Annual administration report of the Civil Veterinary Department of India - 1892-1893
Year: 1892
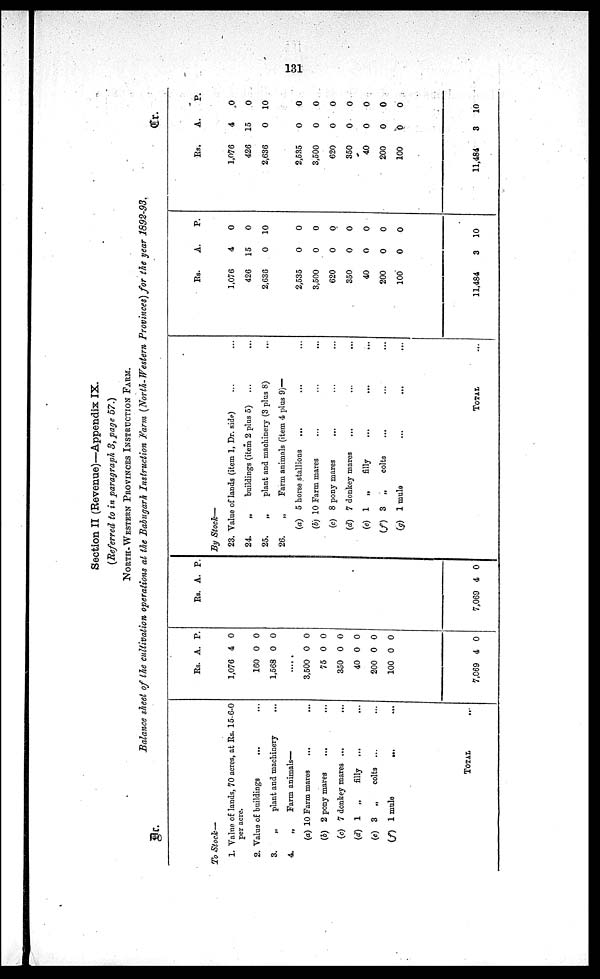
131
Section II (Revenue)—Appendix IX.
(Referred to in paragraph 3, page 57.)
NORTH-WESTERN PROVINCES INSTRUCTION FARM.
Balance sheet of the cultivation operations at the Babugarh Instruction Farm (North-Western Provinces) for the year 1892-93.
Dr.
To Stock—
1. Value of lands, 70 acres, at Rs. 15-6-0
per acre.
2. Value of buildings ... ...
3.
„
plant and machinery
...
4.
„
Farm animals—
(a) 10 Farm mares ... ...
(b) 2 pony mares ... ...
(c) 7 donkey mares ...
...
(d) 1 „
filly
... ...
(e) 3 „
colts ... ...
(f) 1 mule
... ...
TOTAL ...
Rs.
A. P.
1,076
160
1,568
4
0
0
0
0
0
.... .
3,500
75
350
40
200
100
0
0
0
0
0
0
0
0
0
0
0
0
7,069 4 0
Rs. A. P.
7,069 4 0
Cr.
By Stock—
23. Value of lands (item 1, Dr. side) ... ...
24.
„
buildings (item 2 plus 5) ... ...
25.
„
plant and machinery (3 plus 8) ...
26.
„
Farm animals (item 4 plus 9)—
(a) 5 horse stallions ... ... ...
(b) 10 Farm mares ... ... ...
(c) 8 pony mares
... ... ...
(d) 7 donkey mares ... ... ...
(e) 1 „ filly ... ... ...
(f) 3 „
colts ... ... ...
(g) 1 mule ... ... ...
TOTAL ...
Rs.
A. P.
1,076
426
2,636
4
15
0
0
0
10
2,535
3,500
620
350
40
200
100
11,484
0
0
0
0
0
0
0
3
0
0
0
0
0
0
0
10
Rs.
A. P.
1,076
426
2,636
4
15
0
0
0
10
2,535
3,500
620
350
40
200
100
11,484
0
0
0
0
0
0
0
3
0
0
0
0
0
0
0
10